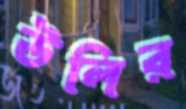
উলির